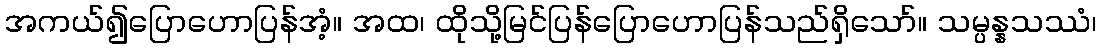
အကယ်၍ပြောဟောပြန်အံ့။ အထ၊ ထိုသို့မြင်ပြန်ပြောဟောပြန်သည်ရှိသော်။ သမ္ပန္နသဿံ၊